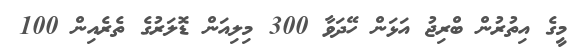
މީގެ އިތުރުން ބްރިޖު އަޅަން ހޭދަވާ 300 މިލިއަން ޑޮލަރުގެ ތެރެއިން 100